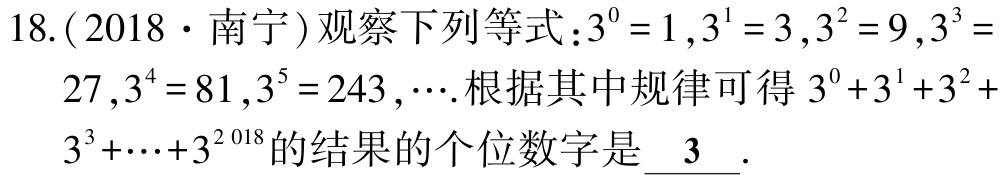
18.(2018·南宁)观察下列等式：\(3^{0}=1\)，\(3^{1}=3\)，\(3^{2}=9\)，\(3^{3}=27\)，\(3^{4}=81\)，\(3^{5}=243\)，\(\cdots\).根据其中规律可得\(3^{0}+3^{1}+3^{2}+3^{3}+\cdots +3^{2018}\)的结果的个位数字是 \(\underline{3}\).